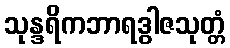
သုန္ဒရိကဘာရဒွါဇသုတ္တံ